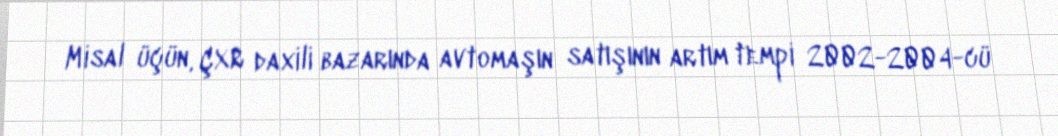
Misal üçün, ÇXR daxili bazarında avtomaşın satışının artım tempi 2002-2004-cü